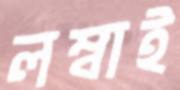
লম্বাই